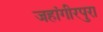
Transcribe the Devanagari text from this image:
जहांगीरपुरा